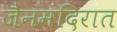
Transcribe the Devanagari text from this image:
जैनमंदिरात